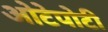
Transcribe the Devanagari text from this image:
ओटेपोटी